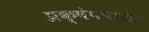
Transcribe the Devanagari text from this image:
प्रक्षेपपास्त्र